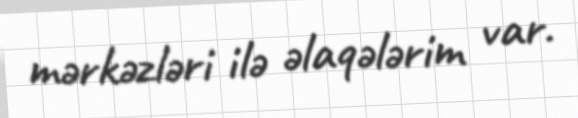
mərkəzləri ilə əlaqələrim var.